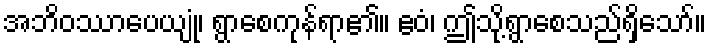
အဘိဝဿာပေယျုံ၊ ရွာစေကုန်ရာ၏။ ဧဝံ၊ ဤသို့ရွာစေသည်ရှိသော်။